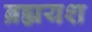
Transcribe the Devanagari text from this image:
ब्रह्मयश